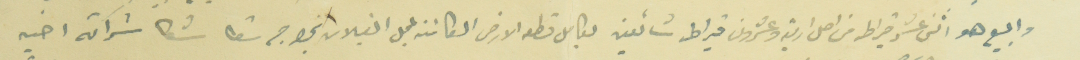
والبيع هو اثنى عشر قيراط من اصل اربعة وعشرون قيراط شائعين بكامل قطعه الارض الكائنة بمحل البلان بخراج شكا شكا شراكة اخيه